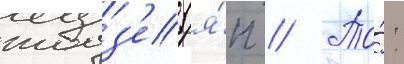
тодз'е (я́п // То́: